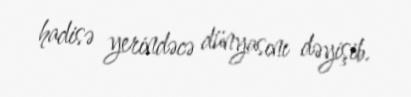
hadisə yerindəcə dünyasını dəyişib.